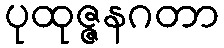
ပုထုဇ္ဇနဂတာ